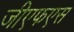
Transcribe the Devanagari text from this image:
जीएफएस